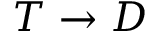
T \rightarrow D